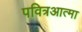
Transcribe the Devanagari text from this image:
पवित्रआत्मा